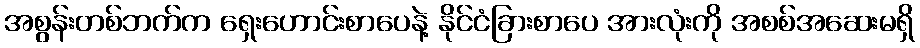
အစွန်းတစ်ဘက်က ရှေးဟောင်းစာပေနဲ့ နိုင်ငံခြားစာပေ အားလုံးကို အစစ်အဆေးမရှိ